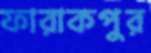
ফারাকপুর